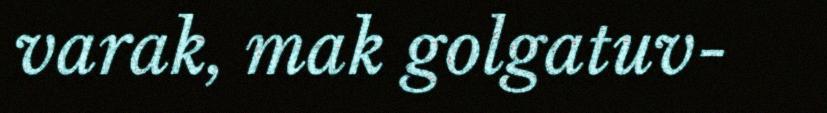
varak, mak golgatuv-